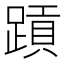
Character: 𬧄